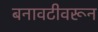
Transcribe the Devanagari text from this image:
बनावटीवरून